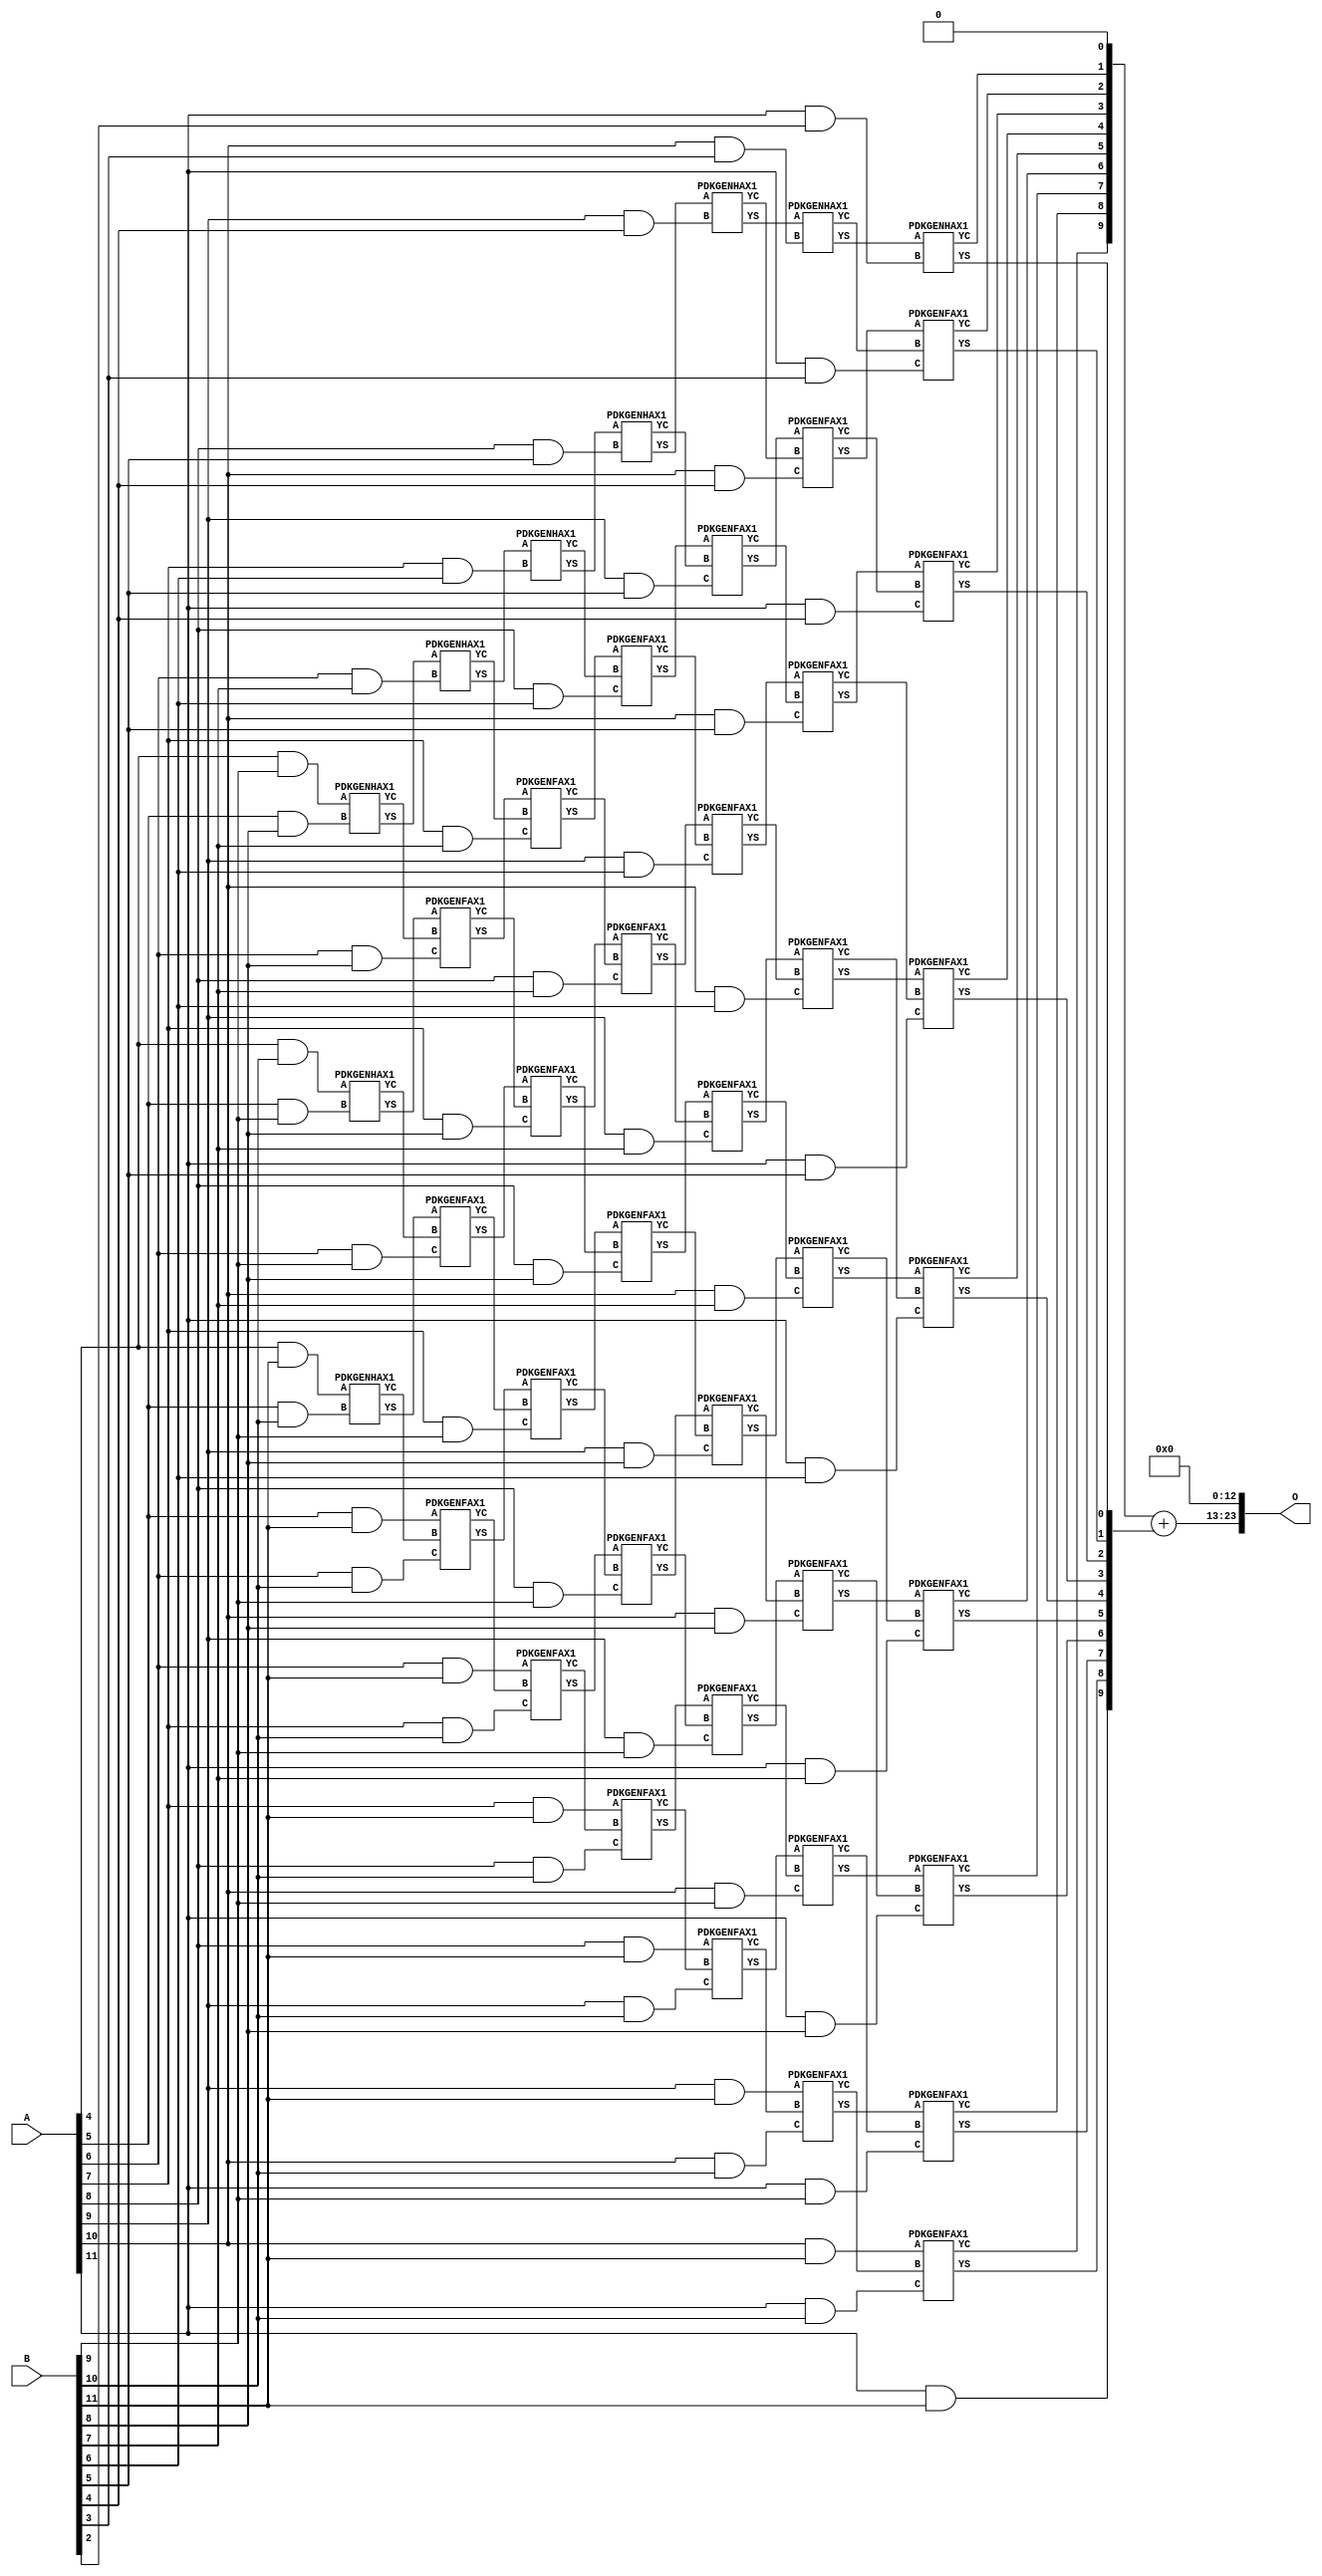
/***
* This code is a part of EvoApproxLib library (ehw.fit.vutbr.cz/approxlib) distributed under The MIT License.
* When used, please cite the following article(s): PRABAKARAN B. S., MRAZEK V., VASICEK Z., SEKANINA L., SHAFIQUE M. ApproxFPGAs: Embracing ASIC-based Approximate Arithmetic Components for FPGA-Based Systems. DAC 2020. 
***/
// MAE% = 0.18 %
// MAE = 30720 
// WCE% = 0.73 %
// WCE = 122881 
// WCRE% = 100.00 %
// EP% = 99.90 %
// MRE% = 3.29 %
// MSE = 12148.233e5 
// FPGA_POWER = 1.0
// FPGA_DELAY = 11
// FPGA_LUT = 55


module mul12u_2XA ( A, B, O );
  input [11:0] A;
  input [11:0] B;
  output [23:0] O;

  wire C_10_10,C_10_3,C_10_4,C_10_5,C_10_6,C_10_7,C_10_8,C_10_9,C_11_10,C_11_2,C_11_3,C_11_4,C_11_5,C_11_6,C_11_7,C_11_8,C_11_9,C_5_10,C_5_8,C_5_9,C_6_10,C_6_7,C_6_8,C_6_9,C_7_10,C_7_6,C_7_7,C_7_8,C_7_9,C_8_10,C_8_5,C_8_6,C_8_7,C_8_8,C_8_9,C_9_10,C_9_4,C_9_5,C_9_6,C_9_7,C_9_8,C_9_9,S_10_10,S_10_11,S_10_3,S_10_4,S_10_5,S_10_6,S_10_7,S_10_8,S_10_9,S_11_10,S_11_11,S_11_2,S_11_3,S_11_4,S_11_5,S_11_6,S_11_7,S_11_8,S_11_9,S_12_1,S_12_10,S_12_11,S_12_2,S_12_3,S_12_4,S_12_5,S_12_6,S_12_7,S_12_8,S_12_9,S_4_10,S_4_11,S_4_9,S_5_10,S_5_11,S_5_8,S_5_9,S_6_10,S_6_11,S_6_7,S_6_8,S_6_9,S_7_10,S_7_11,S_7_6,S_7_7,S_7_8,S_7_9,S_8_10,S_8_11,S_8_5,S_8_6,S_8_7,S_8_8,S_8_9,S_9_10,S_9_11,S_9_4,S_9_5,S_9_6,S_9_7,S_9_8,S_9_9;

  assign S_4_9 = (A[4] & B[9]);
  assign S_4_10 = (A[4] & B[10]);
  assign S_4_11 = (A[4] & B[11]);
  PDKGENHAX1 U307341 (.A(S_4_9), .B((A[5] & B[8])), .YS(S_5_8), .YC(C_5_8));
  PDKGENHAX1 U307342 (.A(S_4_10), .B((A[5] & B[9])), .YS(S_5_9), .YC(C_5_9));
  PDKGENHAX1 U307343 (.A(S_4_11), .B((A[5] & B[10])), .YS(S_5_10), .YC(C_5_10));
  assign S_5_11 = (A[5] & B[11]);
  PDKGENHAX1 U307352 (.A(S_5_8), .B((A[6] & B[7])), .YS(S_6_7), .YC(C_6_7));
  PDKGENFAX1 U307353 (.A(S_5_9), .B(C_5_8), .C((A[6] & B[8])), .YS(S_6_8), .YC(C_6_8));
  PDKGENFAX1 U307354 (.A(S_5_10), .B(C_5_9), .C((A[6] & B[9])), .YS(S_6_9), .YC(C_6_9));
  PDKGENFAX1 U307355 (.A(S_5_11), .B(C_5_10), .C((A[6] & B[10])), .YS(S_6_10), .YC(C_6_10));
  assign S_6_11 = (A[6] & B[11]);
  PDKGENHAX1 U307363 (.A(S_6_7), .B((A[7] & B[6])), .YS(S_7_6), .YC(C_7_6));
  PDKGENFAX1 U307364 (.A(S_6_8), .B(C_6_7), .C((A[7] & B[7])), .YS(S_7_7), .YC(C_7_7));
  PDKGENFAX1 U307365 (.A(S_6_9), .B(C_6_8), .C((A[7] & B[8])), .YS(S_7_8), .YC(C_7_8));
  PDKGENFAX1 U307366 (.A(S_6_10), .B(C_6_9), .C((A[7] & B[9])), .YS(S_7_9), .YC(C_7_9));
  PDKGENFAX1 U307367 (.A(S_6_11), .B(C_6_10), .C((A[7] & B[10])), .YS(S_7_10), .YC(C_7_10));
  assign S_7_11 = (A[7] & B[11]);
  PDKGENHAX1 U307374 (.A(S_7_6), .B((A[8] & B[5])), .YS(S_8_5), .YC(C_8_5));
  PDKGENFAX1 U307375 (.A(S_7_7), .B(C_7_6), .C((A[8] & B[6])), .YS(S_8_6), .YC(C_8_6));
  PDKGENFAX1 U307376 (.A(S_7_8), .B(C_7_7), .C((A[8] & B[7])), .YS(S_8_7), .YC(C_8_7));
  PDKGENFAX1 U307377 (.A(S_7_9), .B(C_7_8), .C((A[8] & B[8])), .YS(S_8_8), .YC(C_8_8));
  PDKGENFAX1 U307378 (.A(S_7_10), .B(C_7_9), .C((A[8] & B[9])), .YS(S_8_9), .YC(C_8_9));
  PDKGENFAX1 U307379 (.A(S_7_11), .B(C_7_10), .C((A[8] & B[10])), .YS(S_8_10), .YC(C_8_10));
  assign S_8_11 = (A[8] & B[11]);
  PDKGENHAX1 U307385 (.A(S_8_5), .B((A[9] & B[4])), .YS(S_9_4), .YC(C_9_4));
  PDKGENFAX1 U307386 (.A(S_8_6), .B(C_8_5), .C((A[9] & B[5])), .YS(S_9_5), .YC(C_9_5));
  PDKGENFAX1 U307387 (.A(S_8_7), .B(C_8_6), .C((A[9] & B[6])), .YS(S_9_6), .YC(C_9_6));
  PDKGENFAX1 U307388 (.A(S_8_8), .B(C_8_7), .C((A[9] & B[7])), .YS(S_9_7), .YC(C_9_7));
  PDKGENFAX1 U307389 (.A(S_8_9), .B(C_8_8), .C((A[9] & B[8])), .YS(S_9_8), .YC(C_9_8));
  PDKGENFAX1 U307390 (.A(S_8_10), .B(C_8_9), .C((A[9] & B[9])), .YS(S_9_9), .YC(C_9_9));
  PDKGENFAX1 U307391 (.A(S_8_11), .B(C_8_10), .C((A[9] & B[10])), .YS(S_9_10), .YC(C_9_10));
  assign S_9_11 = (A[9] & B[11]);
  PDKGENHAX1 U307396 (.A(S_9_4), .B((A[10] & B[3])), .YS(S_10_3), .YC(C_10_3));
  PDKGENFAX1 U307397 (.A(S_9_5), .B(C_9_4), .C((A[10] & B[4])), .YS(S_10_4), .YC(C_10_4));
  PDKGENFAX1 U307398 (.A(S_9_6), .B(C_9_5), .C((A[10] & B[5])), .YS(S_10_5), .YC(C_10_5));
  PDKGENFAX1 U307399 (.A(S_9_7), .B(C_9_6), .C((A[10] & B[6])), .YS(S_10_6), .YC(C_10_6));
  PDKGENFAX1 U307400 (.A(S_9_8), .B(C_9_7), .C((A[10] & B[7])), .YS(S_10_7), .YC(C_10_7));
  PDKGENFAX1 U307401 (.A(S_9_9), .B(C_9_8), .C((A[10] & B[8])), .YS(S_10_8), .YC(C_10_8));
  PDKGENFAX1 U307402 (.A(S_9_10), .B(C_9_9), .C((A[10] & B[9])), .YS(S_10_9), .YC(C_10_9));
  PDKGENFAX1 U307403 (.A(S_9_11), .B(C_9_10), .C((A[10] & B[10])), .YS(S_10_10), .YC(C_10_10));
  assign S_10_11 = (A[10] & B[11]);
  PDKGENHAX1 U307407 (.A(S_10_3), .B((A[11] & B[2])), .YS(S_11_2), .YC(C_11_2));
  PDKGENFAX1 U307408 (.A(S_10_4), .B(C_10_3), .C((A[11] & B[3])), .YS(S_11_3), .YC(C_11_3));
  PDKGENFAX1 U307409 (.A(S_10_5), .B(C_10_4), .C((A[11] & B[4])), .YS(S_11_4), .YC(C_11_4));
  PDKGENFAX1 U307410 (.A(S_10_6), .B(C_10_5), .C((A[11] & B[5])), .YS(S_11_5), .YC(C_11_5));
  PDKGENFAX1 U307411 (.A(S_10_7), .B(C_10_6), .C((A[11] & B[6])), .YS(S_11_6), .YC(C_11_6));
  PDKGENFAX1 U307412 (.A(S_10_8), .B(C_10_7), .C((A[11] & B[7])), .YS(S_11_7), .YC(C_11_7));
  PDKGENFAX1 U307413 (.A(S_10_9), .B(C_10_8), .C((A[11] & B[8])), .YS(S_11_8), .YC(C_11_8));
  PDKGENFAX1 U307414 (.A(S_10_10), .B(C_10_9), .C((A[11] & B[9])), .YS(S_11_9), .YC(C_11_9));
  PDKGENFAX1 U307415 (.A(S_10_11), .B(C_10_10), .C((A[11] & B[10])), .YS(S_11_10), .YC(C_11_10));
  assign S_11_11 = (A[11] & B[11]);
  assign {S_12_11, S_12_10, S_12_9, S_12_8, S_12_7, S_12_6, S_12_5, S_12_4, S_12_3, S_12_2, S_12_1} = {C_11_10, C_11_9, C_11_8, C_11_7, C_11_6, C_11_5, C_11_4, C_11_3, C_11_2, 1'b0} + {S_11_11, S_11_10, S_11_9, S_11_8, S_11_7, S_11_6, S_11_5, S_11_4, S_11_3, S_11_2};
  assign O = {S_12_11,S_12_10,S_12_9,S_12_8,S_12_7,S_12_6,S_12_5,S_12_4,S_12_3,S_12_2,S_12_1,1'b0,1'b0,1'b0,1'b0,1'b0,1'b0,1'b0,1'b0,1'b0,1'b0,1'b0,1'b0,1'b0};

endmodule

/* mod */
module PDKGENHAX1( input A, input B, output YS, output YC );
    assign YS = A ^ B;
    assign YC = A & B;
endmodule
/* mod */
module PDKGENFAX1( input A, input B, input C, output YS, output YC );
    assign YS = (A ^ B) ^ C;
    assign YC = (A & B) | (B & C) | (A & C);
endmodule